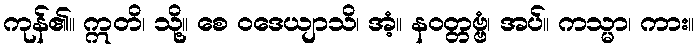
ကုန်၏။ ဣတိ၊ သို့။ စေ ဝဒေယျာသိ၊ အံ့။ နဝတ္တဗ္ဗံ၊ အပ်။ ကသ္မာ၊ ကား။